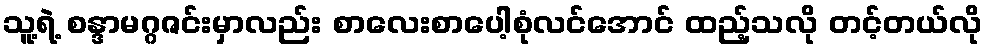
သူ့ရဲ့ စန္ဒာမဂ္ဂဇင်းမှာလည်း စာလေးစာပေါ့စုံလင်အောင် ထည့်သလို တင့်တယ်လို